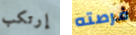
إرتكب فرصته